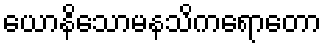
ယောနိသောမနသိကရောတော